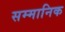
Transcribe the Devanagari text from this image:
सम्‍मानिक